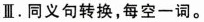
Ⅱ.同义句转换,每空-词.